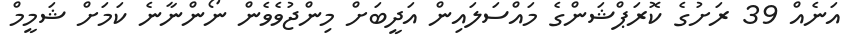
އަނެއް 39 ރަށުގެ ކޮރަޕްޝަންގެ މައްސަލައިން އަދީބަށް މިންޖުވެވެން ނޯންނާނެ ކަމަށް ޝަމީމް